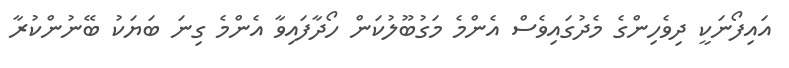
އައިފޯނަކީ ދިވެހިންގެ މެދުގައިވެސް އެންމެ މަގުބޫލުކަން ހޯދާފައިވާ އެންމެ ގިނަ ބަޔަކު ބޭނުންކުރާ